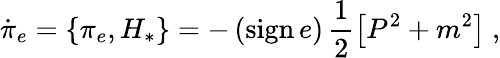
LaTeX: \dot{\pi}_{e}=\{ \pi_{e},H_{*}\} =-\left(\mathrm{sign}\, e\right)\, \frac{1}{2}\left[P^{2}+m^{2}\right]\ ,